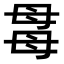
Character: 𣫯